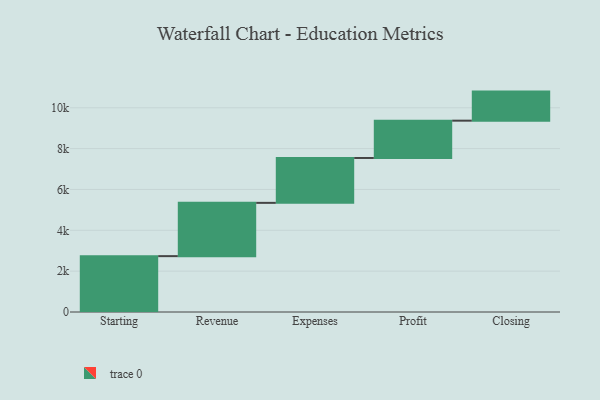
{"axis": {"x": "Step", "y": "Value"}, "legend": [""], "data": [{"x": "Starting", "y": 2735.0, "type": ""}, {"x": "Revenue", "y": 2609.0, "type": ""}, {"x": "Expenses", "y": 2198.0, "type": ""}, {"x": "Profit", "y": 1827.0, "type": ""}, {"x": "Closing", "y": 1423.0, "type": ""}]}